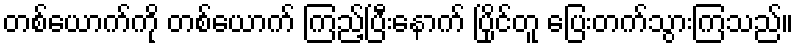
တစ်ယောက်ကို တစ်ယောက် ကြည့်ပြီးနောက် ပြိုင်တူ ပြေးတက်သွားကြသည်။